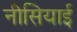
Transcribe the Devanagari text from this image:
नीसियाई